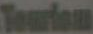
Tourism